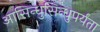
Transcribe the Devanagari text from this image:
आसिन्धुसिन्धुपर्यंता